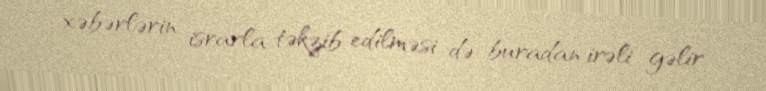
xəbərlərin israrla təkzib edilməsi də buradan irəli gəlir.